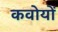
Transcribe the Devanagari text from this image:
कवोयों